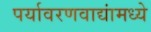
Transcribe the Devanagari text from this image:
पर्यावरणवाद्यांमध्ये